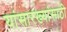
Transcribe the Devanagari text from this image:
यांसारख्यांसाठी